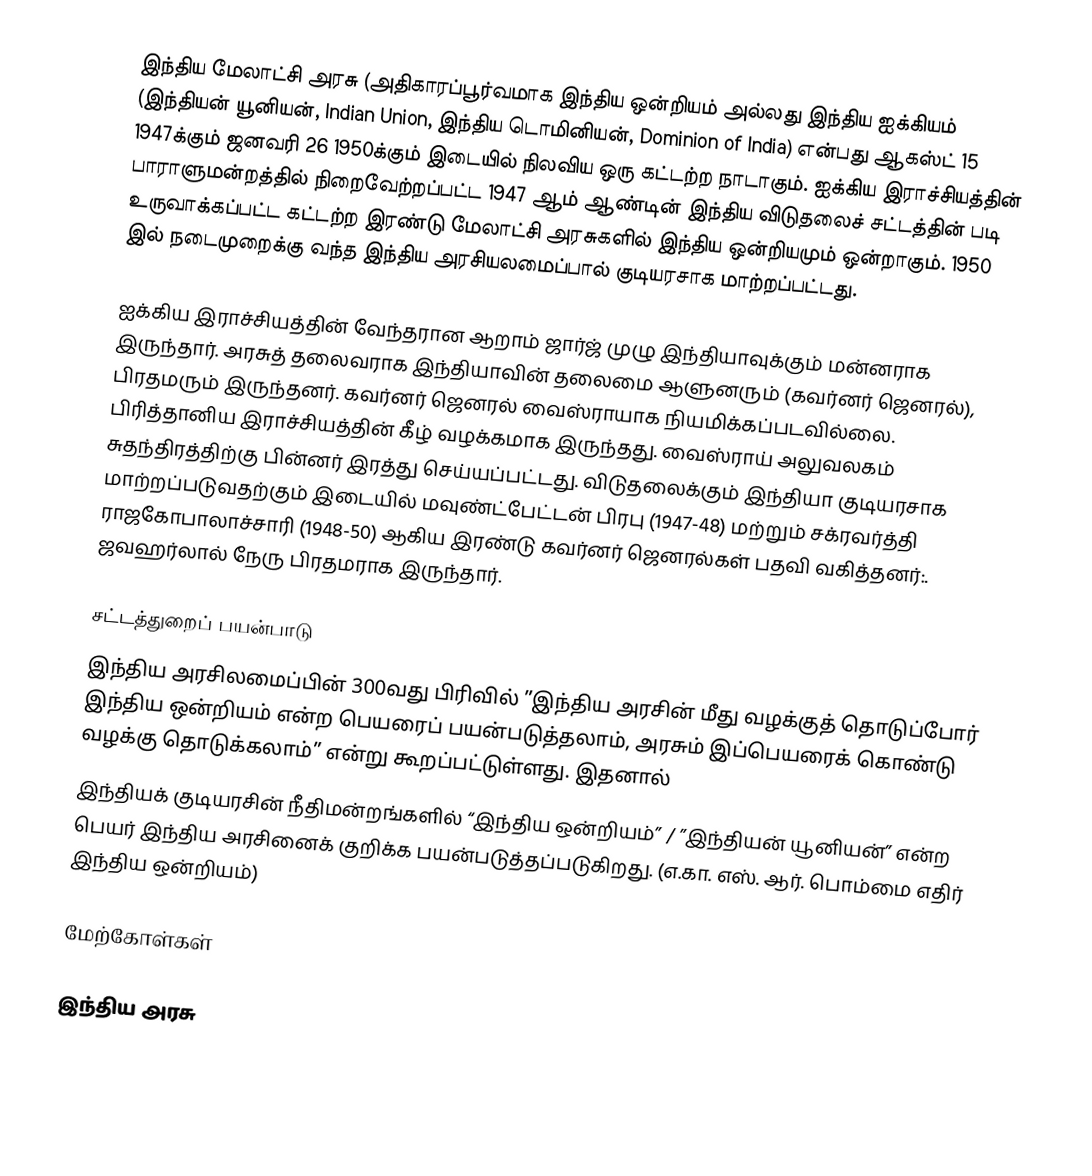
இந்திய மேலாட்சி அரசு (அதிகாரப்பூர்வமாக இந்திய ஒன்றியம் அல்லது இந்திய ஐக்கியம் (இந்தியன் யூனியன், Indian Union, இந்திய டொமினியன், Dominion of India) என்பது ஆகஸ்ட் 15 1947க்கும் ஜனவரி 26 1950க்கும் இடையில் நிலவிய ஒரு கட்டற்ற நாடாகும். ஐக்கிய இராச்சியத்தின் பாராளுமன்றத்தில் நிறைவேற்றப்பட்ட 1947 ஆம் ஆண்டின் இந்திய விடுதலைச் சட்டத்தின் படி உருவாக்கப்பட்ட கட்டற்ற இரண்டு மேலாட்சி அரசுகளில் இந்திய ஒன்றியமும் ஒன்றாகும். 1950 இல் நடைமுறைக்கு வந்த இந்திய அரசியலமைப்பால் குடியரசாக மாற்றப்பட்டது.

ஐக்கிய இராச்சியத்தின் வேந்தரான ஆறாம் ஜார்ஜ் முழு இந்தியாவுக்கும்  மன்னராக இருந்தார். அரசுத் தலைவராக இந்தியாவின் தலைமை ஆளுனரும் (கவர்னர் ஜெனரல்),  பிரதமரும் இருந்தனர். கவர்னர் ஜெனரல் வைஸ்ராயாக நியமிக்கப்படவில்லை. பிரித்தானிய இராச்சியத்தின் கீழ் வழக்கமாக இருந்தது. வைஸ்ராய் அலுவலகம் சுதந்திரத்திற்கு பின்னர் இரத்து செய்யப்பட்டது. விடுதலைக்கும் இந்தியா குடியரசாக மாற்றப்படுவதற்கும் இடையில் மவுண்ட்பேட்டன் பிரபு (1947-48) மற்றும் சக்ரவர்த்தி ராஜகோபாலாச்சாரி (1948-50) ஆகிய இரண்டு கவர்னர் ஜெனரல்கள் பதவி வகித்தனர்:. ஜவஹர்லால் நேரு பிரதமராக இருந்தார்.

சட்டத்துறைப் பயன்பாடு
இந்திய அரசிலமைப்பின் 300வது பிரிவில் ”இந்திய அரசின் மீது வழக்குத் தொடுப்போர் இந்திய ஒன்றியம் என்ற பெயரைப் பயன்படுத்தலாம், அரசும் இப்பெயரைக் கொண்டு வழக்கு தொடுக்கலாம்” என்று கூறப்பட்டுள்ளது. இதனால்
இந்தியக் குடியரசின் நீதிமன்றங்களில் “இந்திய ஒன்றியம்” / ”இந்தியன் யூனியன்” என்ற பெயர் இந்திய அரசினைக் குறிக்க பயன்படுத்தப்படுகிறது. (எ.கா. எஸ். ஆர். பொம்மை எதிர் இந்திய ஒன்றியம்)

மேற்கோள்கள்

இந்திய அரசு